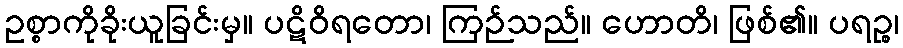
ဥစ္စာကိုခိုးယူခြင်းမှ။ ပဋိဝိရတော၊ ကြဉ်သည်။ ဟောတိ၊ ဖြစ်၏။ ပရဉ္စ၊